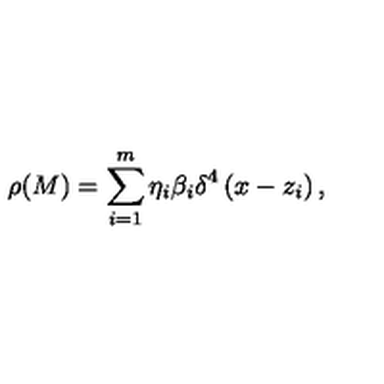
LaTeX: \rho ( M ) = \sum _ { i = 1 } ^ { m } \eta _ { i } \beta _ { i } \delta ^ { 4 } \left( x - z _ { i } \right) ,